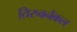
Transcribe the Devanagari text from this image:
तिरुवनैकल